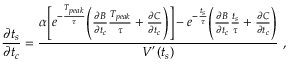
\frac { \partial t _ { s } } { \partial t _ { c } } = \frac { \alpha \Bigg [ e ^ { - \frac { T _ { p e a k } } { \tau } } \Bigg ( \frac { \partial B } { \partial t _ { c } } \frac { T _ { p e a k } } { \tau } + \frac { \partial C } { \partial t _ { c } } \Bigg ) \Bigg ] - e ^ { - \frac { t _ { s } } { \tau } } \Bigg ( \frac { \partial B } { \partial t _ { c } } \frac { t _ { s } } { \tau } + \frac { \partial C } { \partial t _ { c } } \Bigg ) } { V ^ { ' } ( t _ { s } ) } ~ ,